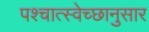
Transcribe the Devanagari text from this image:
पश्चात्स्वेच्छानुसार